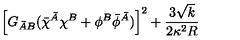
\left[ G _ { \bar { A } B } ( \bar { \chi } ^ { \bar { A } } \chi ^ { B } + \phi ^ { B } \bar { \phi } ^ { \bar { A } } ) \right] ^ { 2 } + \frac { 3 \sqrt { k } } { 2 \kappa ^ { 2 } R }